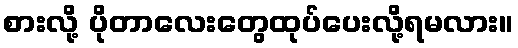
စားလို့ ပိုတာလေးတွေထုပ်ပေးလို့ရမလား။